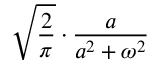
{ \sqrt { \frac { 2 } { \pi } } } \cdot { \frac { a } { a ^ { 2 } + \omega ^ { 2 } } }